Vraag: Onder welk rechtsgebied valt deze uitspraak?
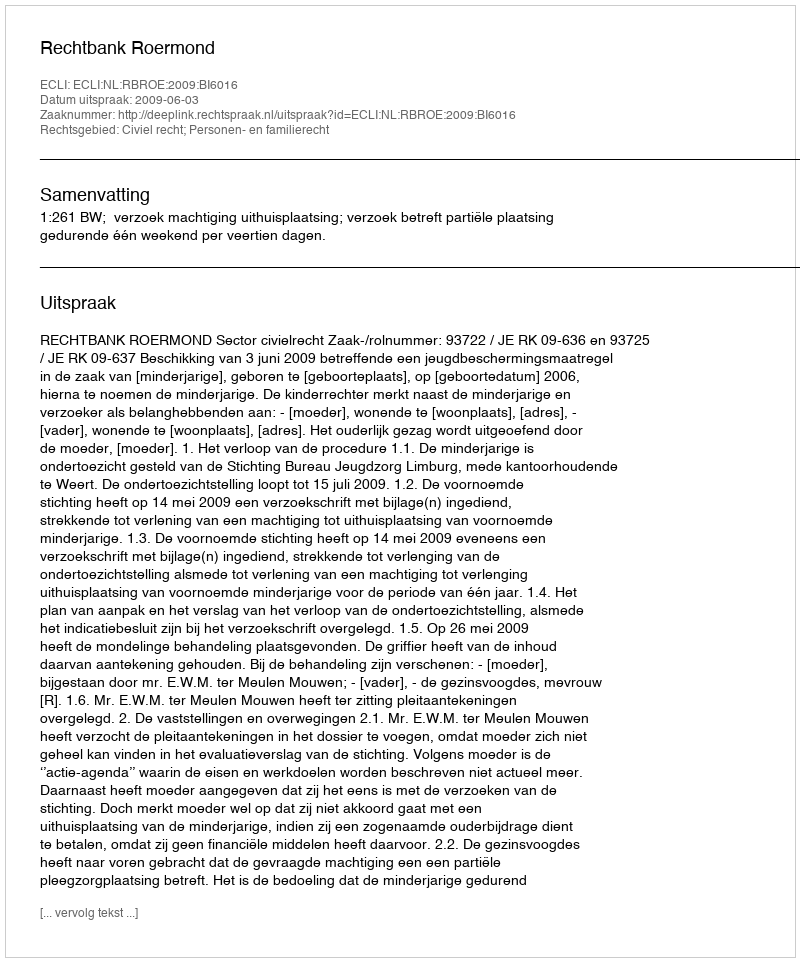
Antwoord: Civiel recht; Personen- en familierecht